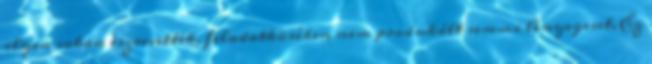
ilyen sokan észrevették, feladatkörében nem produkált semmi lényegeset. Ez